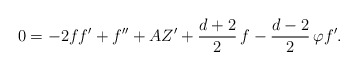
\begin{align*} 0=-2ff'+f''+AZ' +\frac{d+2}{2}\,f-\frac{d-2}{2}\,\varphi f'.\end{align*}